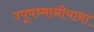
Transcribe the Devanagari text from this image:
उपूपध्मानीयानां